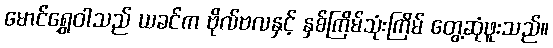
မောင်ရွှေဝါသည် ယခင်က ဗိုလ်ဗလနှင့် နှစ်ကြိမ်သုံးကြိမ် တွေ့ဆုံဖူးသည်။